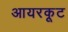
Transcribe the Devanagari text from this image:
आयरकूट